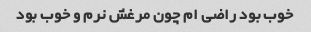
خوب بود راضی ام چون مرغش نرم و خوب بود